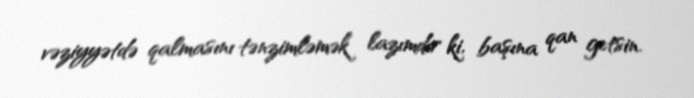
vəziyyətdə qalmasını tənzimləmək lazımdır ki, başına qan getsin.